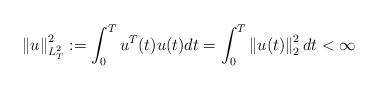
LaTeX: \begin{align*}\left\|u\right\|_{L^2_T}^2:=\int_0^T u^T(t) u(t) dt=\int_0^T \left\|u(t)\right\|_2^2 dt<\infty\end{align*}